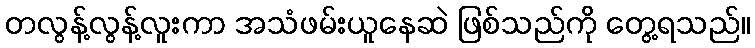
တလွန့်လွန့်လူးကာ အသံဖမ်းယူနေဆဲ ဖြစ်သည်ကို တွေ့ရသည်။